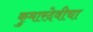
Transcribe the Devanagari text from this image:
कुमारदेवीचा